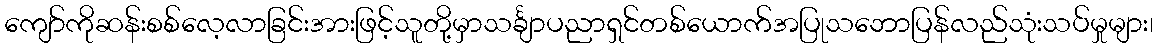
ကျော်ကိုဆန်းစစ်လေ့လာခြင်းအားဖြင့်သူတို့မှာသင်္ချာပညာရှင်တစ်ယောက်အပြုသဘောပြန်လည်သုံးသပ်မှုများ၊